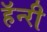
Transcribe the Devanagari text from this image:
हॅन्‍री